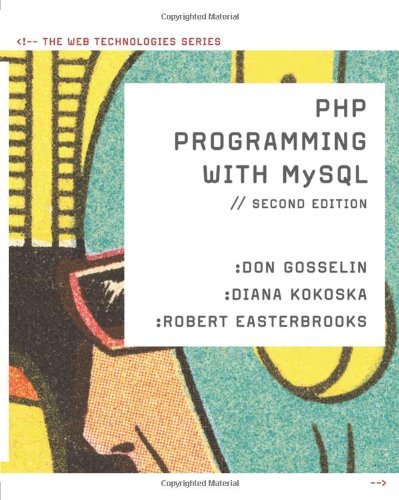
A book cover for PHP Programming with MySQL: The Web Technologies Series; Don Gosselin; Computers & Technology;